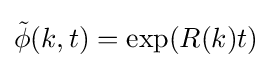
{\tilde {\phi }}(k,t)=\exp(R(k)t)\;